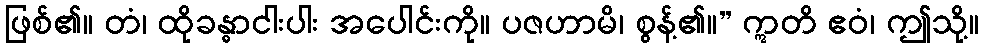
ဖြစ်၏။ တံ၊ ထိုခန္ဓာငါးပါး အပေါင်းကို။ ပဇဟာမိ၊ စွန့်၏။” ဣတိ ဧဝံ၊ ဤသို့။